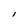
Character: l